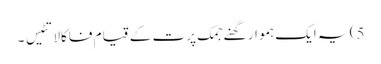
5) یہ ایک ہموار گھنے جمک پرت کے قیام فاکالاتٹیس ۔